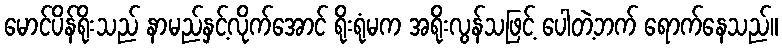
မောင်ပိန်ရိုးသည် နာမည်နှင့်လိုက်အောင် ရိုးရုံမက အရိုးလွန်သဖြင့် ပေါတဲ့ဘက် ရောက်နေသည်။